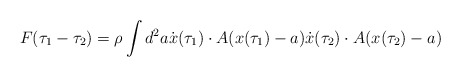
\begin{align*}F(\tau_1-\tau_2)=\rho \int d^2a \dot{x}(\tau_1)\cdot A(x(\tau_1)-a)\dot{x}(\tau_2)\cdot A(x(\tau_2)-a)\end{align*}